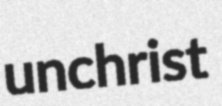
unchrist